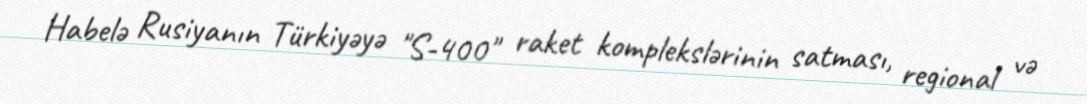
Habelə Rusiyanın Türkiyəyə "S-400" raket komplekslərinin satması, regional və